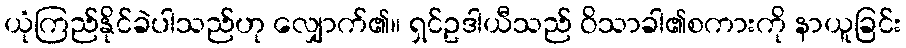
ယုံကြည်နိုင်ခဲပါသည်ဟု လျှောက်၏။ ရှင်ဥဒါယီသည် ဝိသာခါ၏စကားကို နာယူခြင်း